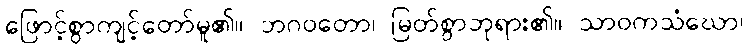
ဖြောင့်စွာကျင့်တော်မူ၏။ ဘဂဝတော၊ မြတ်စွာဘုရား၏။ သာဝကသံဃော၊